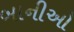
બાનીઓ